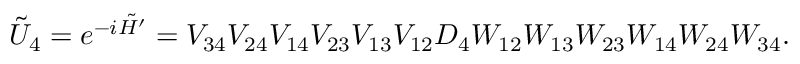
\begin{array} { r } { \tilde { U } _ { 4 } = e ^ { - i \tilde { H ^ { \prime } } } = V _ { 3 4 } V _ { 2 4 } V _ { 1 4 } V _ { 2 3 } V _ { 1 3 } V _ { 1 2 } D _ { 4 } W _ { 1 2 } W _ { 1 3 } W _ { 2 3 } W _ { 1 4 } W _ { 2 4 } W _ { 3 4 } . } \end{array}